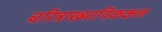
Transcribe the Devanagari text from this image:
चरित्राख्यायिककल